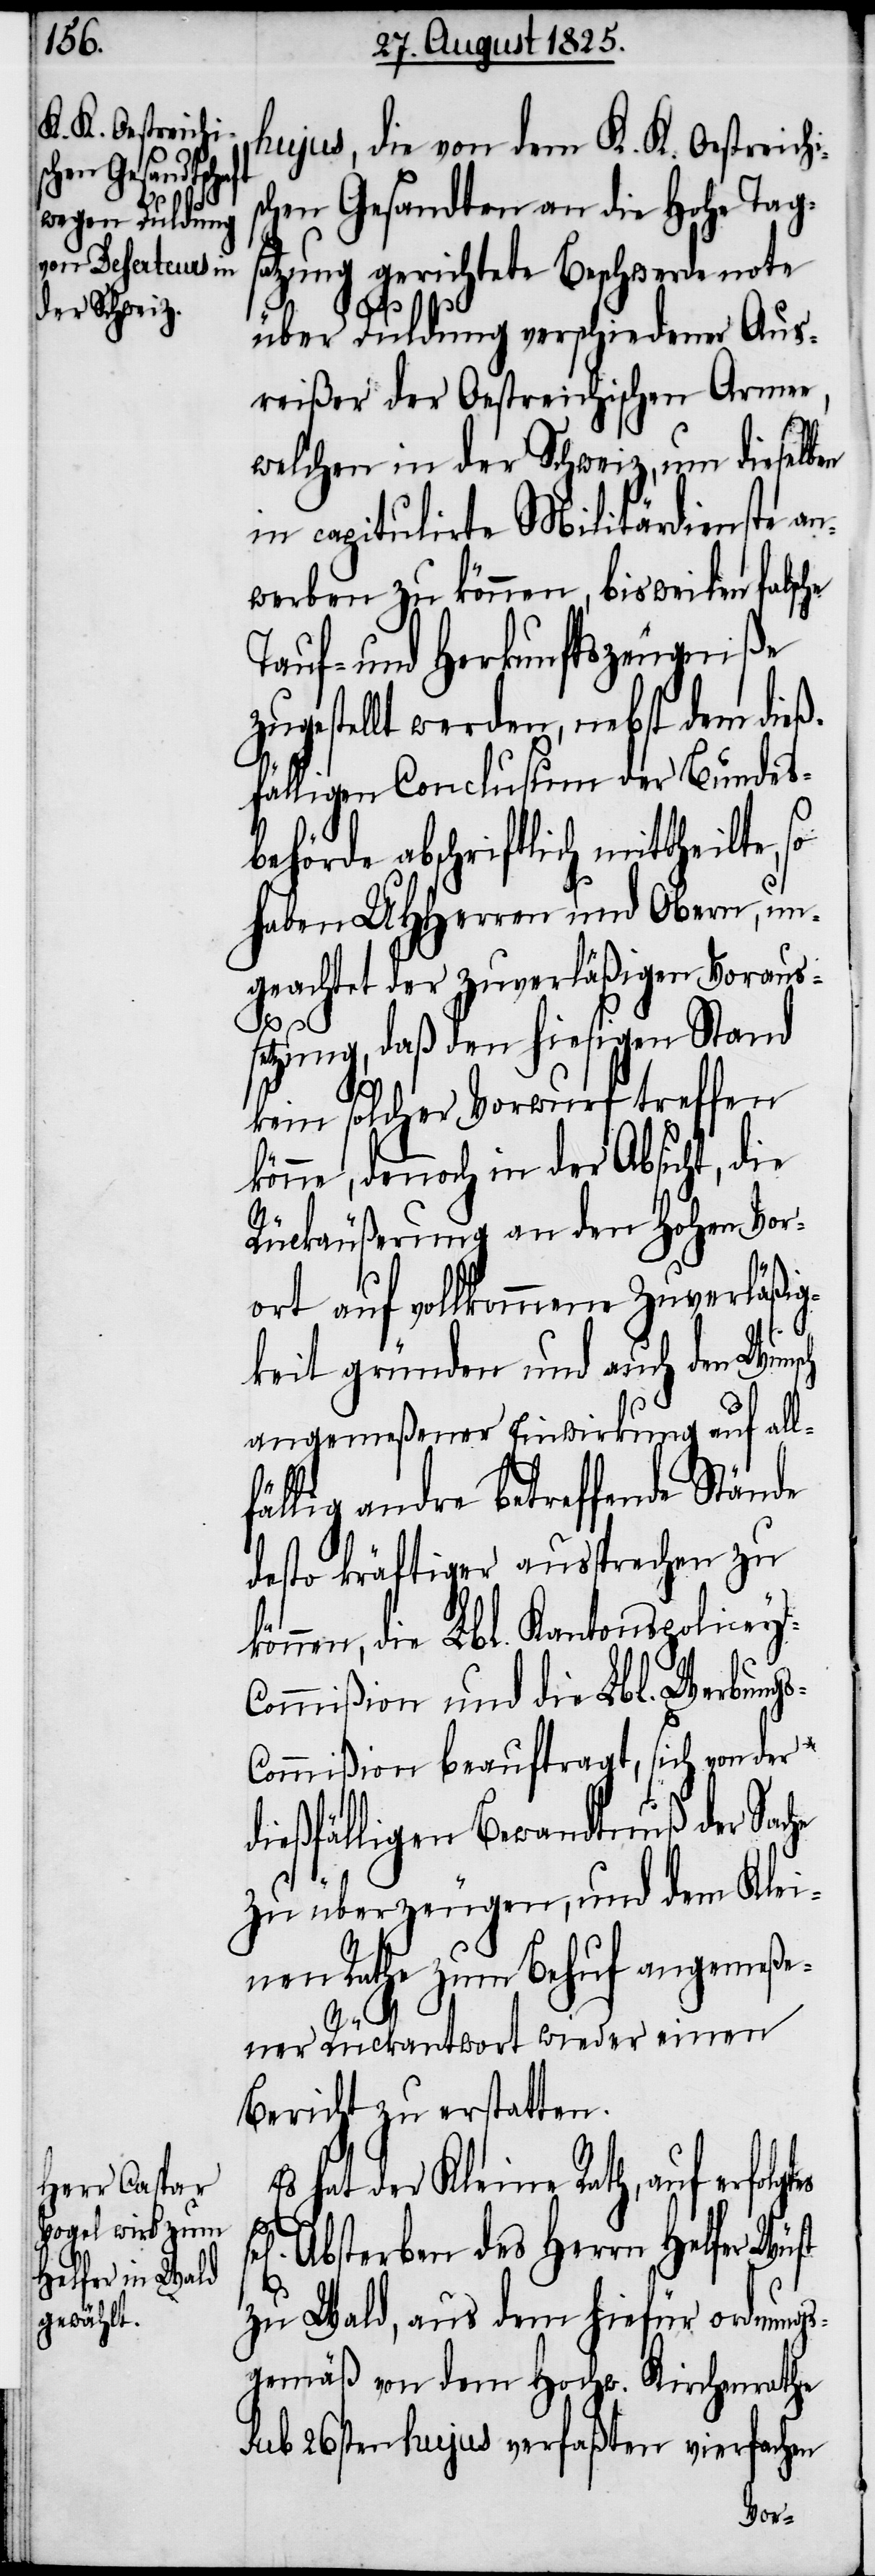
hujus, die von dem K. K. Oestreichi¬
schen Gesandten an die hohe Tags¬
atzung gerichtete Beschwerdenote
he
tes
über Duldung verschiedener Aus¬
reißer der Oestreichischen Armee,
welchen in der Schweiz, um dieselben
in capitulirte Militärdienste an¬
werben zu können, bisweilen falsche
Tauf- und Herkunftszeugniße
zugestellt werden, nebst dem dieß¬
fälligen Conclusum der Bundes¬
behörde abschriftlich mittheilte,
haben UHHerren und Obern, un¬
geachtet der zuverläßigen Voraus¬
setzung, daß den hiesigen Stand
kein solcher Vorwurf treffen
könne, dennoch in der Absicht, die
Rückäußerung an den hohen Vor¬
ort auf vollkommene Zuverläßig¬
keit gründen und auch den Wuns¬
ch
angemeßener Einwirkung auf all¬
fällig andre betreffende Stände
desto kräftiger aussprechen zu
können, die Lbl. Kantonspolicey-C¬
ommißion und die Lbl. Werbung¬
s-Commißion beauftragt, sich von der
dießfälligen Bewandnuß der Sac¬
zu überzeugen, und dem Klei¬
nen Rathe zum Behuf angemeße¬
ner Rückantwort wieder einen
Bericht zu erstatten.
hat der Kleine Rath, auf erfolg¬
Absterben des Herrn Helfer Wüst
zu Wald, aus dem hiefür ordnungs¬
gemäß von dem Hochw. Kirchenrathe
sub 26sten hujus verfaßten vierfachen